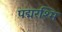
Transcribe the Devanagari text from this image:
पद्मरश्मि